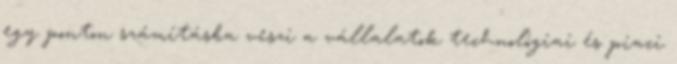
egy ponton számításba veszi a vállalatok technológiai és piaci